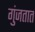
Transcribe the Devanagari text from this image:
गुंजतात